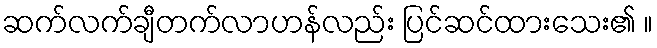
ဆက်လက်ချီတက်လာဟန်လည်း ပြင်ဆင်ထားသေး၏ ။